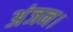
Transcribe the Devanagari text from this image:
अंजन।